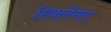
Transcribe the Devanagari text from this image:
रिक्लेमर